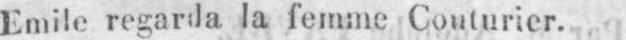
Emile regarda la femme Couturier.